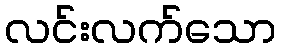
လင်းလက်သော